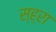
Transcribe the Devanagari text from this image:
स्ह्रा